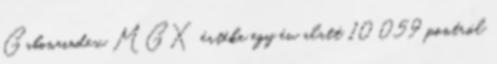
Gabonaindex MGX értéke egy év alatt 10 059 pontról